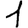
Digit: 1